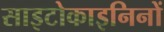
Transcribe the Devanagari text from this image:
साइटोकाइनिनों